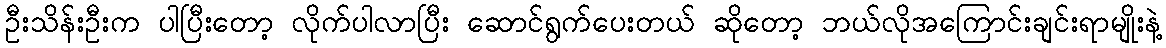
ဦးသိန်းဦးက ပါပြီးတော့ လိုက်ပါလာပြီး ဆောင်ရွက်ပေးတယ် ဆိုတော့ ဘယ်လိုအကြောင်းချင်းရာမျိုးနဲ့